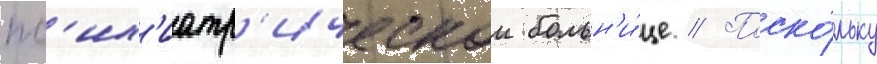
пс'их'иатр'ическои больн'и́це // Поско́льку